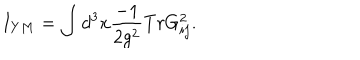
LaTeX: I _ { Y M } = \int d ^ { 3 } x \frac { - 1 } { 2 g ^ { 2 } } T r G _ { i j } ^ { 2 } .